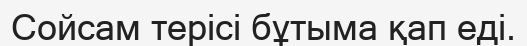
Сойсам терісі бұтыма қап еді.